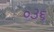
૦૩૬